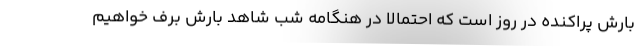
بارش پراکنده در روز است که احتمالا در هنگامه شب شاهد بارش برف خواهیم